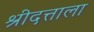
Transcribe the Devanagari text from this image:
श्रीदत्ताला